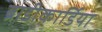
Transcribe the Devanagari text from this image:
ब्राडीकार्डिया